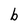
Character: b